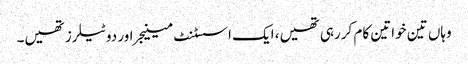
وہاں تین خواتین کام کررہی تھیں، ایک اسسٹنٹ مینیجر اور دو ٹیلرز تھیں۔